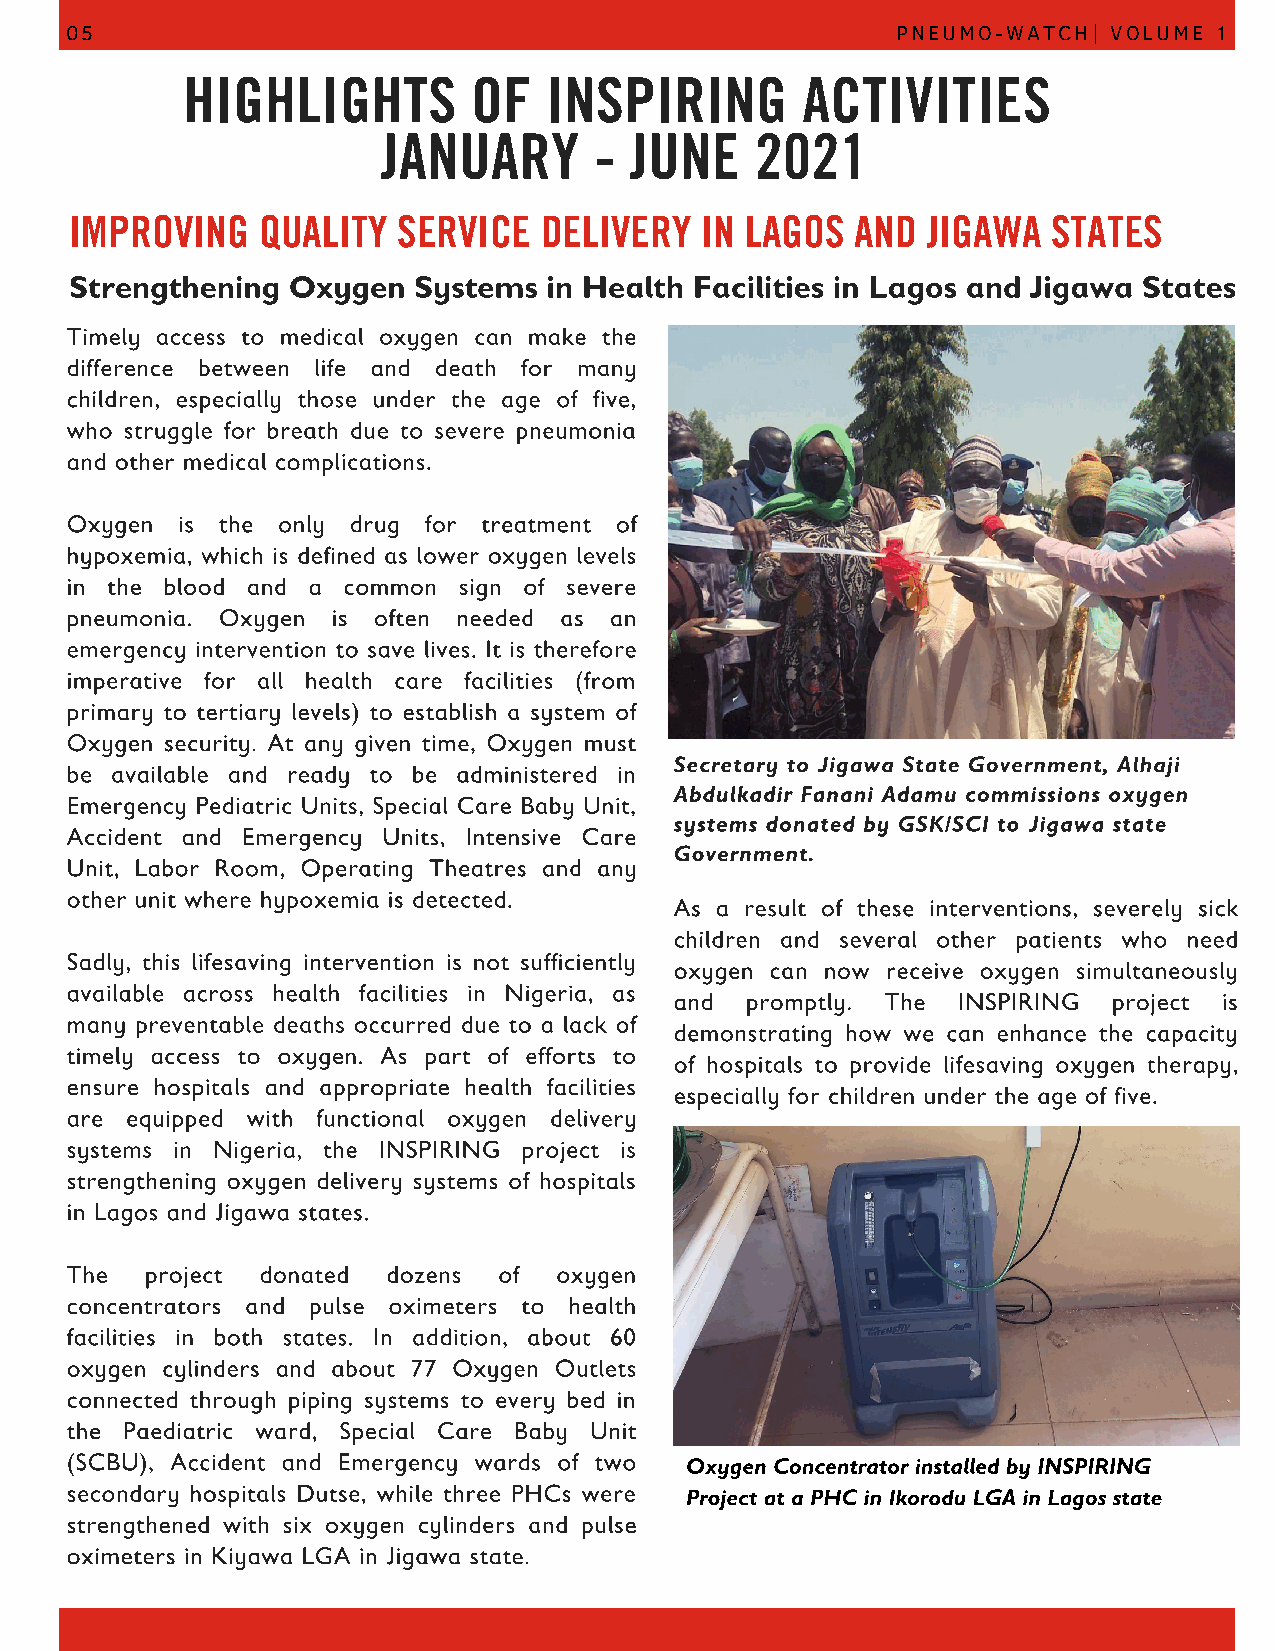
05                                                     PNEUMO-WATCH|  VOLUME 1
 HIGHLIGHTS         OF   INSPIRING        ACTIVITIES
 JANUARY       -  JUNE    2021
 IMPROVING   QUALITY  SERVICE   DELIVERY  IN LAGOS   AND JIGAWA   STATES
 Strengthening Oxygen  Systems  in Health Facilities in Lagos and Jigawa States
 Timely access to medical oxygen can make the
 difference between life and death for many
 children, especially those under the age of five,
 who struggle for breath due to severe pneumonia
 and other medical complications.
 Oxygen  is the only drug for treatment of
 hypoxemia, which is defined as lower oxygen levels
 in the blood and a common sign of severe
 pneumonia. Oxygen is often needed as an
 emergency intervention to save lives. It is therefore
 imperative for all health care facilities (from
 primary to tertiary levels) to establish a system of
 Oxygen security. At any given time, Oxygen must
 Secretary to Jigawa State Government, Alhaji
 be available and ready to be administered in
 Abdulkadir Fanani Adamu commissions oxygen
 Emergency Pediatric Units, Special Care Baby Unit,
 systems donated by GSK/SCI to Jigawa state
 Accident and Emergency Units, Intensive Care
 Government.
 Unit, Labor Room, Operating Theatres and any
 other unit where hypoxemia is detected.
 As a result of these interventions, severely sick
 children and several other patients who need
 Sadly, this lifesaving intervention is not sufficiently
 oxygen can now receive oxygen simultaneously
 available across health facilities in Nigeria, as
 and promptly. The INSPIRING  project is
 many preventable deaths occurred due to a lack of
 demonstrating how we can enhance the capacity
 timely access to oxygen. As part of efforts to
 of hospitals to provide lifesaving oxygen therapy,
 ensure hospitals and appropriate health facilities
 especially for children under the age of five.
 are equipped with functional oxygen delivery
 systems in Nigeria, the INSPIRING project is
 strengthening oxygen delivery systems of hospitals
 in Lagos and Jigawa states.
 The   project donated dozens of  oxygen
 concentrators and pulse oximeters to health
 facilities in both states. In addition, about 60
 oxygen cylinders and about 77 Oxygen Outlets
 connected through piping systems to every bed in
 the Paediatric ward, Special Care Baby Unit
 (SCBU), Accident and Emergency wards of two Oxygen Concentrator installed by INSPIRING
 secondary hospitals Dutse, while three PHCs were Project at a PHC in Ikorodu LGA in Lagos state
 strengthened with six oxygen cylinders and pulse
 oximeters in Kiyawa LGA in Jigawa state.